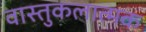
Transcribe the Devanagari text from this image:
वास्तुकलात्मक